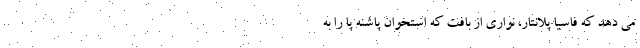
می دهد که فاسیا پلانتار، نواری از بافت که استخوان پاشنه پا را به